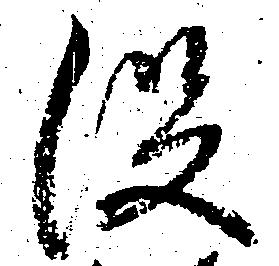
役